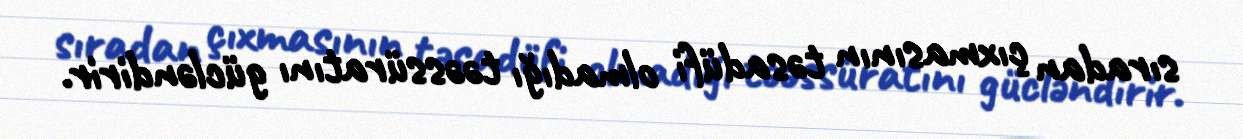
sıradan çıxmasının təsadüfi olmadığı təəssüratını gücləndirir.